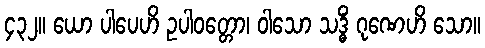
၄၃၂။ ယော ပါပေဟိ ဥပါဝတ္တော၊ ဝါသော သဒ္ဓိံ ဂုဏေဟိ သော။